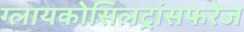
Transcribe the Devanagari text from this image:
ग्लायकोसिलट्रांसफरेज